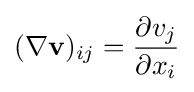
(\nabla \mathbf {v} )_{ij}={\frac {\partial v_{j}}{\partial x_{i}}}